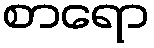
စာရော